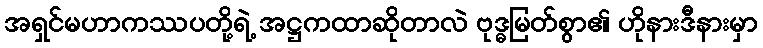
အရှင်မဟာကဿပတို့ရဲ့ အဋ္ဌကထာဆိုတာလဲ ဗုဒ္ဓမြတ်စွာ၏ ဟိုနားဒီနားမှာ